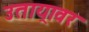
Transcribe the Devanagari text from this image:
उताय्रावर